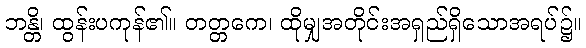
ဘန္တိ၊ ထွန်းပကုန်၏။ တတ္တကေ၊ ထိုမျှအတိုင်းအရှည်ရှိသောအရပ်၌။